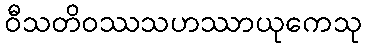
ဝီသတိဝဿသဟဿာယုကေသု